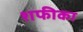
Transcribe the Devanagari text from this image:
शफीका